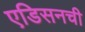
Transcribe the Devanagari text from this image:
एडिसनची